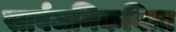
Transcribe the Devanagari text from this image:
सार्वजनिकवित्त